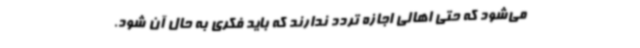
می‌شود که حتی اهالی اجازه تردد ندارند که باید فکری به حال آن شود.